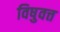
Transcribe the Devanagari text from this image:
विषुवत्त